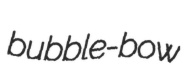
bubble-bow